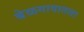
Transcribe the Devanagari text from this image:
बेळगावातला